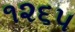
૧૨૬૫